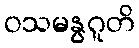
ဝသမနွဂူတိ